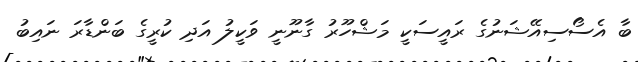
ބާ އެސޯސިއޭޝަނުގެ ރައީސަކީ މަޝްހޫރު ގާނޫނީ ވަކީލު އަދި ކުރީގެ ބަންޑާރަ ނައިބު